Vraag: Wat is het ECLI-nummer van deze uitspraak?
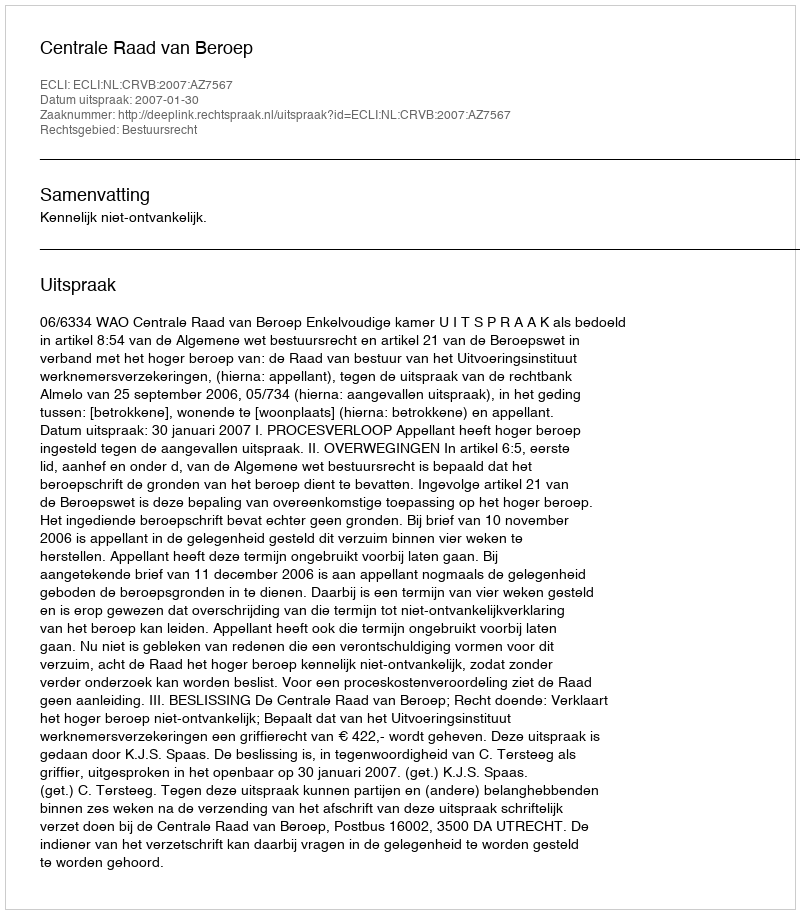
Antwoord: ECLI:NL:CRVB:2007:AZ7567